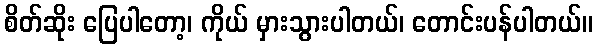
စိတ်ဆိုး ပြေပါတော့၊ ကိုယ် မှားသွားပါတယ်၊ တောင်းပန်ပါတယ်။